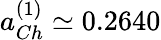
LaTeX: a_{Ch}^{(1)}\simeq 0.2640